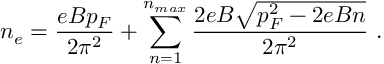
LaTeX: n _ { e } = \frac { e B p _ { F } } { 2 \pi ^ { 2 } } + \sum _ { n = 1 } ^ { n _ { m a x } } \frac { 2 e B \sqrt { p _ { F } ^ { 2 } - 2 e B n } } { 2 \pi ^ { 2 } } ~ .